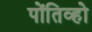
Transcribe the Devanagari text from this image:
पोंतिव्हो